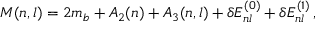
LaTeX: M ( n , l ) = 2 m _ { b } + A _ { 2 } ( n ) + A _ { 3 } ( n , l ) + \delta E _ { n l } ^ { ( 0 ) } + \delta E _ { n l } ^ { ( 1 ) } \, ,